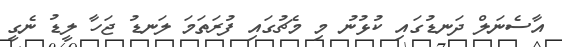
އާސެނަލް ދަނޑުގައި ކުޅުނު މި މެޗުގައި ފުރަތަމަ ލަނޑު ޖަހާ ލީޑު ނެގީ